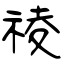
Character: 祾